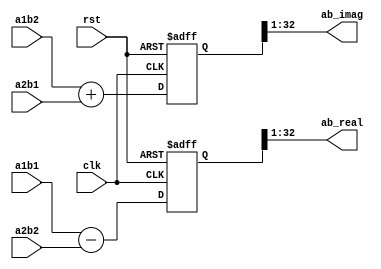
module sumtwo(
    input clk, rst,
    input signed [9:-22] a1b1,
    input signed [9:-22] a2b2,
    input signed [9:-22] a1b2,
    input signed [9:-22] a2b1,

    output signed [10:-21] ab_real,
    output signed [10:-21] ab_imag
);

reg signed [10:-22] aux_ab_real;
reg signed [10:-22] aux_ab_imag;

always@(posedge clk, negedge rst)
begin
    if(!rst)
        begin
            aux_ab_real <= 0;
            aux_ab_imag <= 0;
        end
    else
        begin
            aux_ab_real <= a1b1 - a2b2;
            aux_ab_imag <= a1b2 + a2b1;
        end
end

assign ab_real = aux_ab_real[10:-21];
assign ab_imag = aux_ab_imag[10:-21];

endmodule